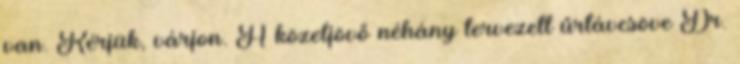
van. Kérjük, várjon. A közeljövő néhány tervezett űrtávcsöve Dr.